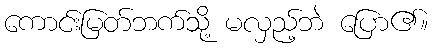
ကောင်းမြတ်ဘက်သို့ မလှည့်ဘဲ ပြော၏။